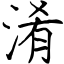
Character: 淆